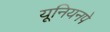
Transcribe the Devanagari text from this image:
यूनियनपे